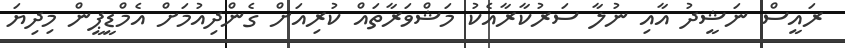
ރައީސް ނަޝީދު އާއި ނުލާ ސަރުކާރާއެކު މަޝްވަރާތައް ކުރިއަށް ގެންދިއުމަށް އެމްޑީޕީން މިދިޔަ